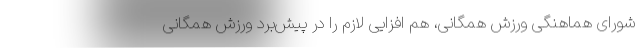
شورای هماهنگی ورزش همگانی، هم افزایی لازم را در پیش‌برد ورزش همگانی